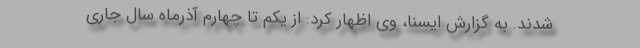
شدند. به گزارش ایسنا، وی اظهار کرد: از یکم تا چهارم آذرماه سال جاری